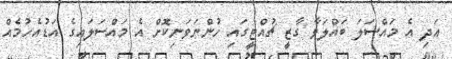
އަދި އެ މައްސަލަ ބައްލަވާ ގާޒީ ޗުއްޓީގައި ހުންނަވަނިކޮށް އެ މައްސަލައިގެ އަޑުއެހުމެއް